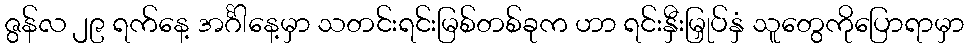
ဇွန်လ ၂၉ ရက်နေ့ အင်္ဂါနေ့မှာ သတင်းရင်းမြစ်တစ်ခုက ဟာ ရင်းနှီးမြှုပ်နှံ သူတွေကိုပြောရာမှာ